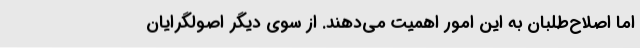
اما اصلاح‌طلبان به این امور اهمیت می‌دهند. از سوی دیگر اصولگرایان